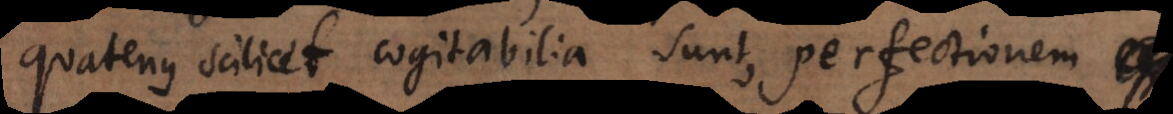
quatenus scilicet cogitabilia sunt, perfectionem